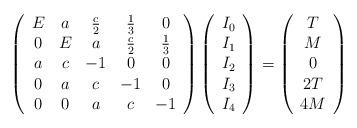
LaTeX: \begin{align*}\left(\begin{array}{ccccc}E & a & \frac{c}{2} & \frac{1}{3} & 0\\0 & E & a & \frac{c}{2} & \frac{1}{3}\\a & c & -1 & 0 & 0\\0 & a & c & -1 & 0\\0 & 0 & a & c & -1\end{array}\right)\left(\begin{array}{c}I_0\\ I_1\\ I_2\\ I_3\\ I_4\end{array}\right)=\left(\begin{array}{c}T \\ M \\0 \\ 2T \\ 4M\end{array}\right)\end{align*}